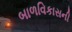
બાળવિકાસની